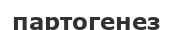
партогенез